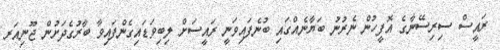
ރައީސް ސިރިސޭނާގެ އޮފީހުން ނެރުނު ބަޔާނެއްގައި ބުނެފައިވަނީ ރައީސަށް ލިބިވަޑައިގެންފައިވާ ބާރުގެދަށުން ޖޫނިއަރ